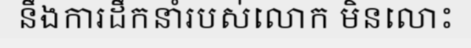
នឹងការដឹកនាំរបស់លោក មិនលោះ